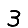
Digit: 3